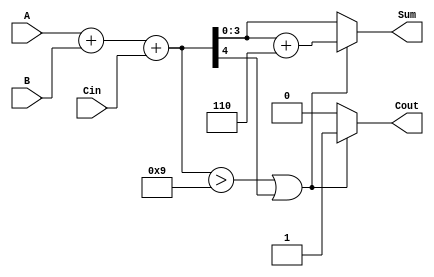
module BCD_Fast_Adder (
    input  wire [3:0] A,     // First BCD digit
    input  wire [3:0] B,     // Second BCD digit
    input  wire Cin,         // Carry-in
    output reg  [3:0] Sum,   // Resulting BCD digit (sum)
    output reg  Cout         // Carry-out
);

    wire [4:0] binary_sum;       // 5-bit to accommodate carry
    wire adjustment_needed;       // Flag for BCD adjustment

    // Step 1: Perform binary addition
    assign binary_sum = A + B + Cin;

    // Step 2: Check if adjustment is needed
    assign adjustment_needed = (binary_sum > 9) || (binary_sum[4]); // Check if greater than 9 or overflow

    // Step 3: Perform BCD adjustment if needed
    always @(*) begin
        if (adjustment_needed) begin
            Sum = binary_sum + 4'b0110; // Add 6 (0110 in binary)
            Cout = 1;                   // Set carry-out
        end else begin
            Sum = binary_sum[3:0];      // No adjustment needed
            Cout = 0;                   // No carry-out
        end
    end

endmodule